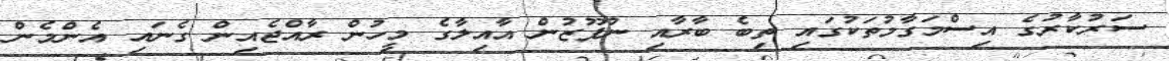
ސަރުކާރުގެ އިސްމަގާމުތަކުގައި ތިބެ ބާރާއި ނުފޫޒުން އާއިލާގެ މީހުން ރާއްޖެއިން ގެނައި އެންމެން